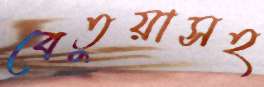
বেতুয়াসহ